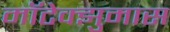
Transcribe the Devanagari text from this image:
मॉटेक्झुमास